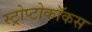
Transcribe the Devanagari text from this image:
स्ट्रोप्टोकॉकस